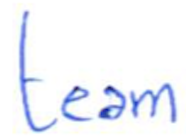
Text: team
Cross-out: clean
Writing tool: ballpoint